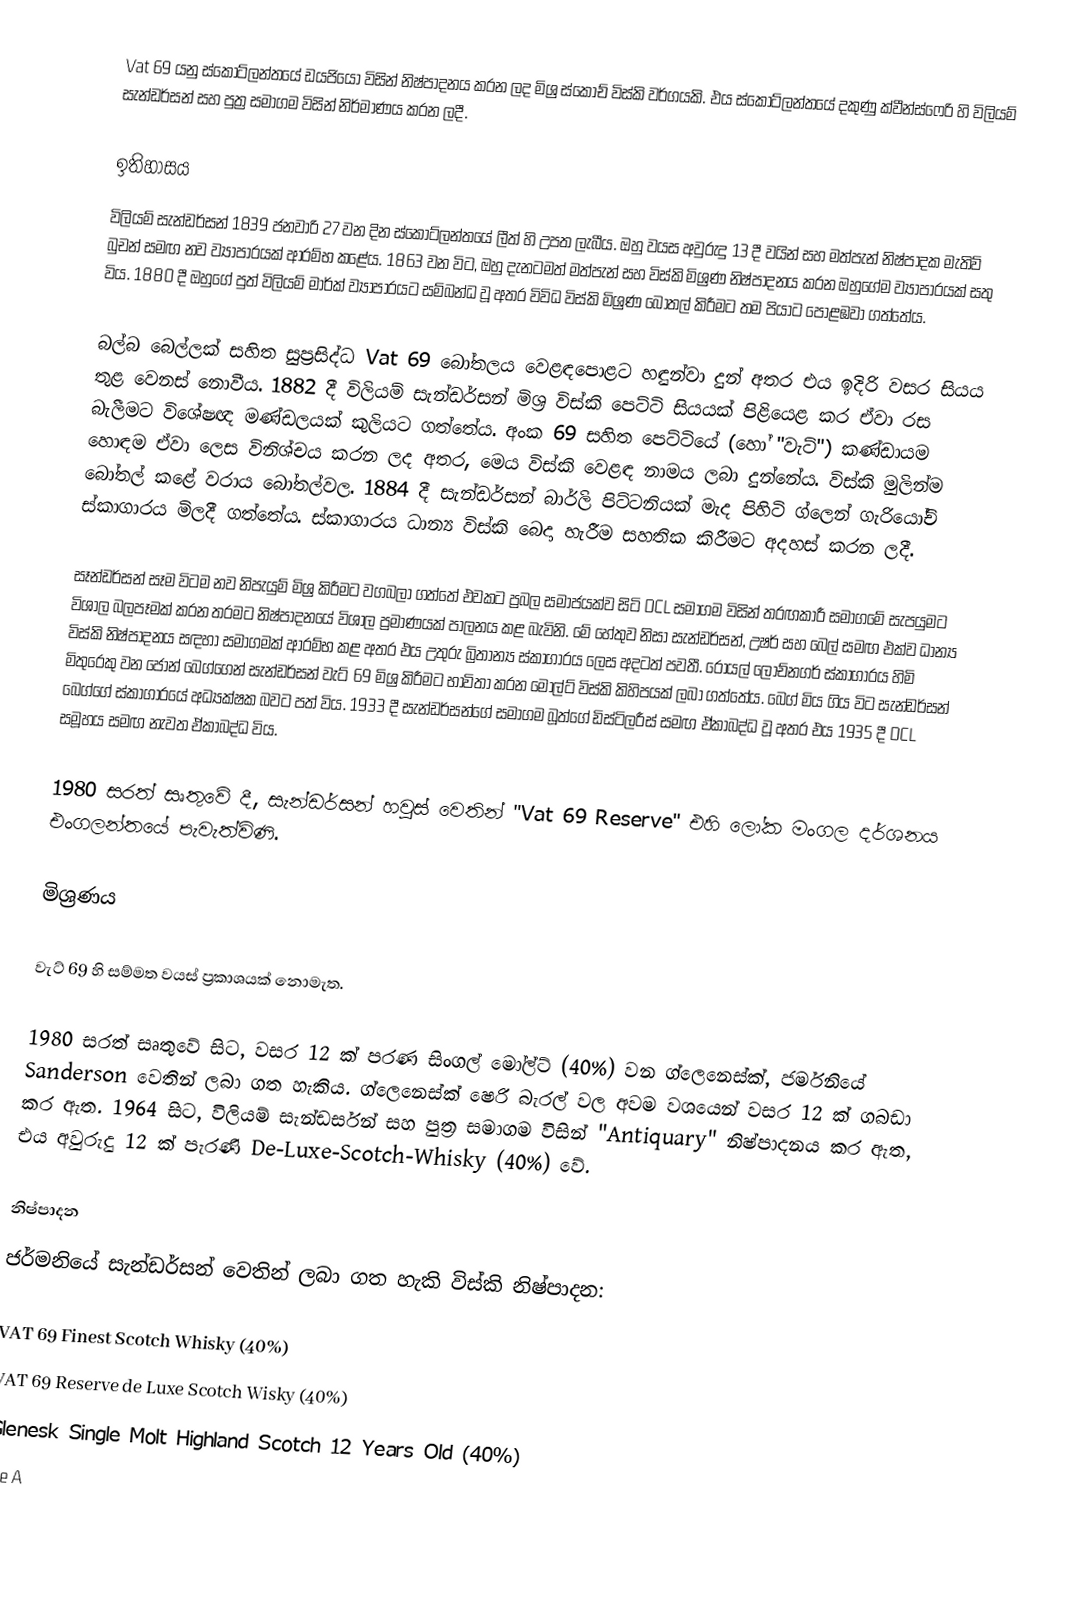
Vat 69 යනු ස්කොට්ලන්තයේ ඩයජියෝ විසින් නිෂ්පාදනය කරන ලද මිශ්‍ර ස්කොච් විස්කි වර්ගයකි. එය ස්කොට්ලන්තයේ දකුණු ක්වීන්ස්ෆෙරි හි විලියම් සැන්ඩර්සන් සහ පුත්‍ර සමාගම විසින් නිර්මාණය කරන ලදී.

ඉතිහාසය
විලියම් සැන්ඩර්සන් 1839 ජනවාරි 27 වන දින ස්කොට්ලන්තයේ ලීත් හි උපත ලැබීය. ඔහු වයස අවුරුදු 13 දී වයින් සහ මත්පැන් නිෂ්පාදක මැතිව් බුචන් සමඟ නව ව්‍යාපාරයක් ආරම්භ කළේය. 1863 වන විට, ඔහු දැනටමත් මත්පැන් සහ විස්කි මිශ්‍රණ නිෂ්පාදනය කරන ඔහුගේම ව්‍යාපාරයක් සතු විය. 1880 දී ඔහුගේ පුත් විලියම් මාර්ක් ව්‍යාපාරයට සම්බන්ධ වූ අතර විවිධ විස්කි මිශ්‍රණ බෝතල් කිරීමට තම පියාට පොළඹවා ගත්තේය.

බල්බ බෙල්ලක් සහිත සුප්‍රසිද්ධ Vat 69 බෝතලය වෙළඳපොළට හඳුන්වා දුන් අතර එය ඉදිරි වසර සියය තුළ වෙනස් නොවීය. 1882 දී විලියම් සැන්ඩර්සන් මිශ්‍ර විස්කි පෙට්ටි සියයක් පිළියෙළ කර ඒවා රස බැලීමට විශේෂඥ මණ්ඩලයක් කුලියට ගත්තේය. අංක 69 සහිත පෙට්ටියේ (හෝ "වැට්") කණ්ඩායම හොඳම ඒවා ලෙස විනිශ්චය කරන ලද අතර, මෙය විස්කි වෙළඳ නාමය ලබා දුන්නේය. විස්කි මුලින්ම බෝතල් කළේ වරාය බෝතල්වල. 1884 දී සැන්ඩර්සන් බාර්ලි පිට්ටනියක් මැද පිහිටි ග්ලෙන් ගැරියෝච් ස්කාගාරය මිලදී ගත්තේය. ස්කාගාරය ධාන්‍ය විස්කි බෙදා හැරීම සහතික කිරීමට අදහස් කරන ලදී.

සෑන්ඩර්සන් සෑම විටම නව නිපැයුම් මිශ්‍ර කිරීමට වගබලා ගත්තේ එවකට ප්‍රබල සමාජයක්ව සිටි DCL සමාගම විසින් තරඟකාරී සමාගමේ සැපයුමට විශාල බලපෑමක් කරන තරමට නිෂ්පාදනයේ විශාල ප්‍රමාණයක් පාලනය කළ බැවිනි. මේ හේතුව නිසා සැන්ඩර්සන්, උෂර් සහ බෙල් සමඟ එක්ව ධාන්‍ය විස්කි නිෂ්පාදනය සඳහා සමාගමක් ආරම්භ කළ අතර එය උතුරු බ්‍රිතාන්‍ය ස්කාගාරය ලෙස අදටත් පවතී. රෝයල් ලොච්නගර් ස්කාගාරය හිමි මිතුරෙකු වන ජෝන් බෙග්ගෙන් සැන්ඩර්සන් වැට් 69 මිශ්‍ර කිරීමට භාවිතා කරන මෝල්ට් විස්කි කිහිපයක් ලබා ගත්තේය. බෙග් මිය ගිය විට සැන්ඩර්සන් බෙග්ගේ ස්කාගාරයේ අධ්‍යක්ෂක බවට පත් විය. 1933 දී සැන්ඩර්සන්ගේ සමාගම බූත්ගේ ඩිස්ටිලරීස් සමඟ ඒකාබද්ධ වූ අතර එය 1935 දී DCL සමූහය සමඟ නැවත ඒකාබද්ධ විය.

1980 සරත් සෘතුවේ දී, සැන්ඩර්සන් හවුස් වෙතින් "Vat 69 Reserve" එහි ලෝක මංගල දර්ශනය එංගලන්තයේ පැවැත්විණි.

මිශ්‍රණය

වැට් 69 හි සම්මත වයස් ප්‍රකාශයක් නොමැත.

1980 සරත් සෘතුවේ සිට, වසර 12 ක් පරණ සිංගල් මෝල්ට් (40%) වන ග්ලෙනෙස්ක්, ජර්මනියේ Sanderson වෙතින් ලබා ගත හැකිය. ග්ලෙනෙස්ක් ෂෙරි බැරල් වල අවම වශයෙන් වසර 12 ක් ගබඩා කර ඇත. 1964 සිට, විලියම් සැන්ඩර්සන් සහ පුත්‍ර සමාගම විසින් "Antiquary" නිෂ්පාදනය කර ඇත, එය අවුරුදු 12 ක් පැරණි De-Luxe-Scotch-Whisky (40%) වේ.

නිෂ්පාදන
ජර්මනියේ සැන්ඩර්සන් වෙතින් ලබා ගත හැකි විස්කි නිෂ්පාදන:

 VAT 69 Finest Scotch Whisky (40%)
 VAT 69 Reserve de Luxe Scotch Wisky (40%)
 Glenesk Single Molt Highland Scotch 12 Years Old (40%)
 The A